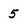
Character: 5